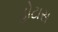
હોટાસ